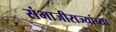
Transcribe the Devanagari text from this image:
संभाजीराज्यांच्या